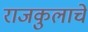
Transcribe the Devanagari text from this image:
राजकुलाचे